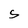
Character: S